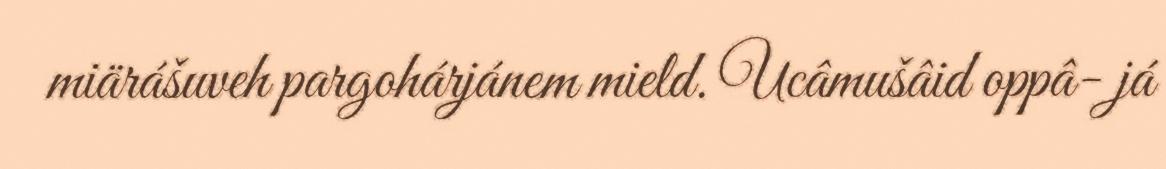
miärášuveh pargohárjánem mield. Ucâmušâid oppâ- já